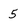
Character: 5